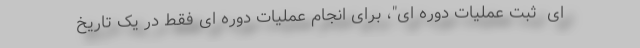
ای  ثبت عملیات دوره ای"، برای انجام عملیات دوره ای فقط در یک تاریخ